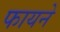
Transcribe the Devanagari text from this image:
फायने